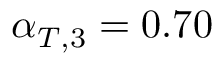
\alpha _ { T , 3 } = 0 . 7 0